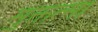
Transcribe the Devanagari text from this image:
मुक्तत्मा